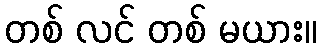
တစ် လင် တစ် မယား။